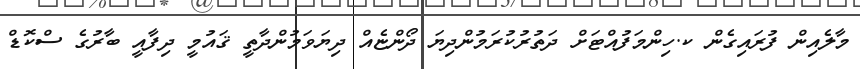
މާލެއިން ފުރައިގެން ކ.ހިންމަފުއްޓަށް ދަތުރުކުރަމުންދިޔަ ދޯންޏެއް ދިޔަވަމުންދާތީ ޤައުމީ ދިފާއީ ބާރުގެ ސްކޮޑް